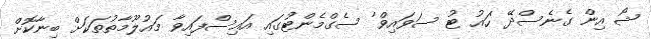
ޝޯ އިން ގެނެސްދޭ 'ހައު ޓު ސަވައިވް' ސެގްމެންޓުގައި އައިސްފައިވާ މައުލޫމާތުތަކަށް ބިނާކޮށް